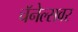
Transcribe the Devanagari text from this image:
चॅनेल्सवर